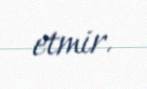
etmir.